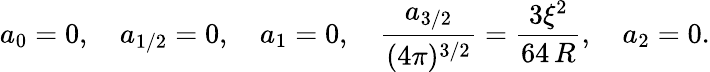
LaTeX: a_{0}=0,\quad a_{1/2}=0,\quad a_{1}=0,\quad\frac{a_{3/2}}{(4\pi)^{3/2}}=\frac{3\xi^{2}}{64\, R},\quad a_{2}=0.